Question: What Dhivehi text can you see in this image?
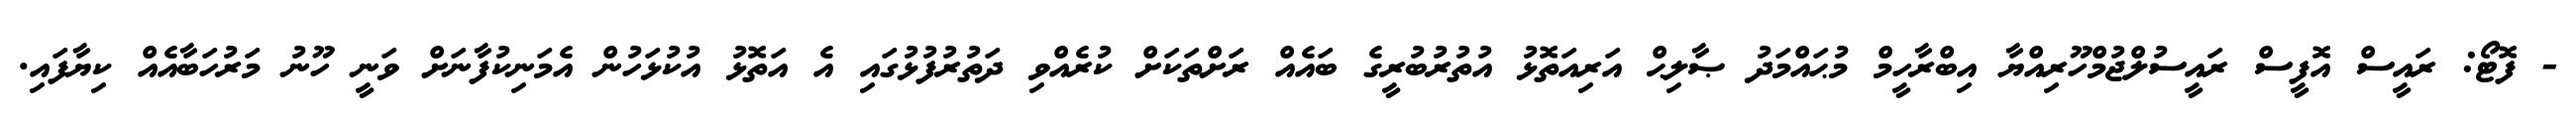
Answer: - ފޮޓޯ: ރައީސް އޮފީސް ރައީސުލްޖުމްހޫރިއްޔާ އިބްރާހީމް މުޙައްމަދު ޞާލިޙް އަރިއަތޮޅު އުތުރުބުރީގެ ބައެއް ރަށްތަކަށް ކުރެއްވި ދަތުރުފުޅުގައި އެ އަތޮޅު އުކުޅަހުން އެމަނިކުފާނަށް ވަނީ ހޫނު މަރުހަބާއެއް ކިޔާފައި.